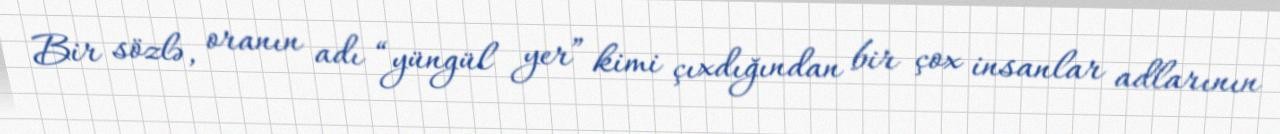
Bir sözlə, oranın adı “yüngül yer” kimi çıxdığından bir çox insanlar adlarının